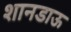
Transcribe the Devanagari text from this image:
शानडाऊ